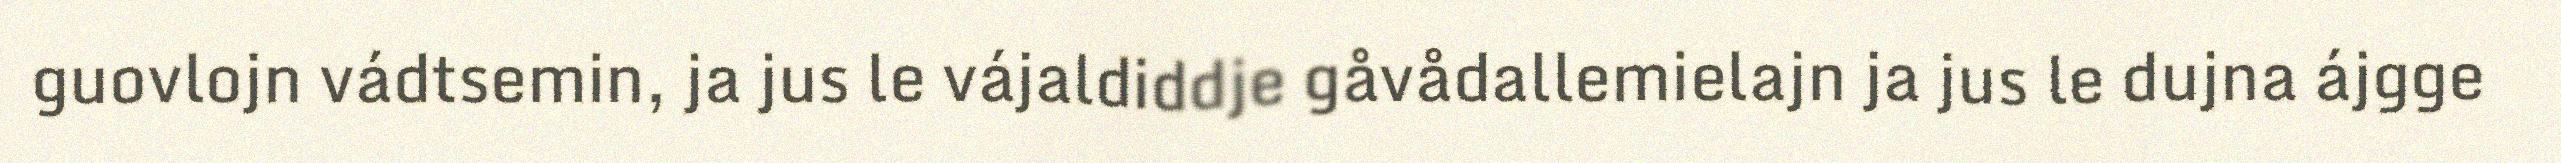
guovlojn vádtsemin, ja jus le vájaldiddje gåvådallemielajn ja jus le dujna ájgge